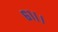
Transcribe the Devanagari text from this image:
६१।।